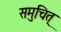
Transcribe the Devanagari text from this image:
समुचित्